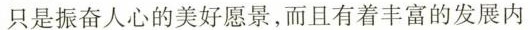
只是振奋人心的美好愿景，而且有着丰富的发展内